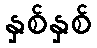
နှစ်နှစ်